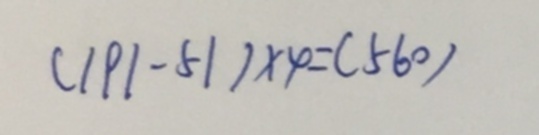
( 1 9 1 - 5 1 ) \times 4 = ( 5 6 0 )